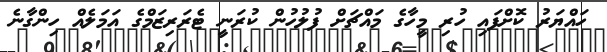
ހައްޔަރު ކޮށްފައި ހުރި މީހާގެ މައްޗަށް ފުލުހުން ކުރަނީ ޓެރަރިޒަމްގެ އަމަލެއް ހިންގާނެ